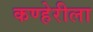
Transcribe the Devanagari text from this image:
कण्हेरीला